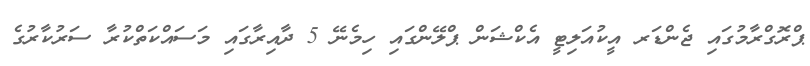
ޕްރޮގްރާމުގައި ޖެންޑަރ އީކުއަލިޓީ އެކްޝަން ޕްލޭންގައި ހިމެނޭ 5 ދާއިރާގައި މަސައްކަތްކުރާ ސަރުކާރުގެ